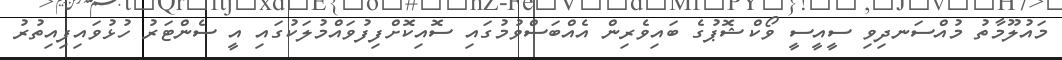
މައުލޫމާތު މުއްސަނދިވި ސީއީސީ ވޯކްޝޮޕުގެ ބައިވެރިން އެއްބަސްވުމުގައި ސޮއިކޮށްފިފުވައްމުލަކުގައި އީ ސެންޓަރު ހުޅުވައިފިއިތުރު